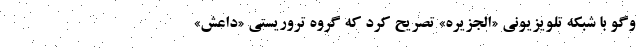
وگو با شبکه تلویزیونی «الجزیره» تصریح کرد که گروه تروریستی «داعش»